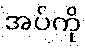
အပ်ကို